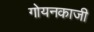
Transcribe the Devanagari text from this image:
गोयनकाजी